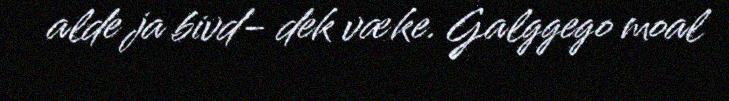
alde ja bivd- dek væke. Galggego moal